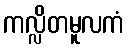
ကလ္လိတမူလကံ